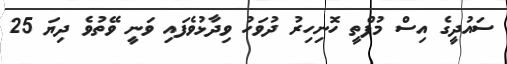
ސައުދީގެ އިސް މުފްތީ ހޮނިހިރު ދުވަހު ވިދާޅުވެފައި ވަނީ ވޭތުވެ ދިޔަ 25